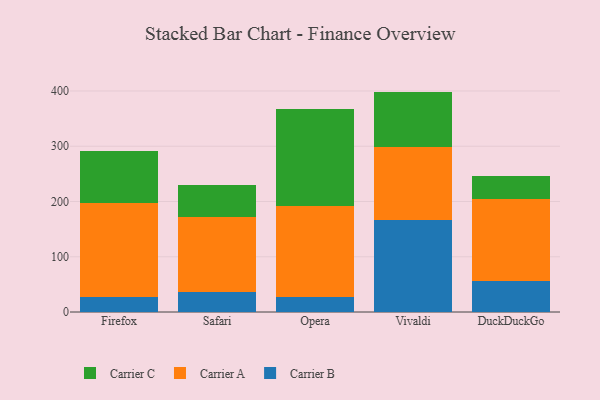
{"axis": {"x": "Browser", "y": "Revenue (USD Million)"}, "legend": ["Carrier A", "Carrier B", "Carrier C"], "data": [{"x": "Firefox", "y": 27.8, "type": "Carrier B"}, {"x": "Firefox", "y": 170.2, "type": "Carrier A"}, {"x": "Firefox", "y": 94.2, "type": "Carrier C"}, {"x": "Safari", "y": 36.6, "type": "Carrier B"}, {"x": "Safari", "y": 135.8, "type": "Carrier A"}, {"x": "Safari", "y": 58.3, "type": "Carrier C"}, {"x": "Opera", "y": 27.3, "type": "Carrier B"}, {"x": "Opera", "y": 164.5, "type": "Carrier A"}, {"x": "Opera", "y": 175.2, "type": "Carrier C"}, {"x": "Vivaldi", "y": 166.4, "type": "Carrier B"}, {"x": "Vivaldi", "y": 133.0, "type": "Carrier A"}, {"x": "Vivaldi", "y": 99.5, "type": "Carrier C"}, {"x": "DuckDuckGo", "y": 56.8, "type": "Carrier B"}, {"x": "DuckDuckGo", "y": 147.9, "type": "Carrier A"}, {"x": "DuckDuckGo", "y": 41.9, "type": "Carrier C"}]}